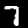
Label: 7